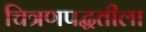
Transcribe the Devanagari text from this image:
चित्रणपद्धतीला